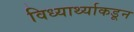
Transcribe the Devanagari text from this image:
विध्यार्थ्याकडून